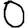
Digit: 0